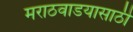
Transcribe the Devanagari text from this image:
मराठवाडयासाठी